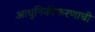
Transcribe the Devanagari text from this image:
आधुनिकीकरणाची